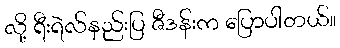
လို့ ရီးရဲလ်နည်းပြ ဇီဒန်းက ပြောပါတယ်။